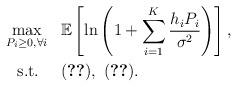
LaTeX: \begin{align*}\max_{P_i\ge 0,\forall i}~~ &\mathbb{E}\left[\ln\left(1+\sum_{i=1}^K\frac{h_{i}P_i}{\sigma^2}\right)\right],\\\mbox{s.t.}~~~~ &\eqref{Con-AIPC},~\eqref{Con-ATPC}.\end{align*}